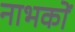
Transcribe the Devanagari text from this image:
नाभकों